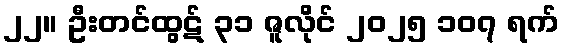
၂၂။ ဦးတင်ထွဋ် ၃၁ ဇူလိုင် ၂၀၂၅ ၁၀၇ ရက်